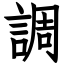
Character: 調